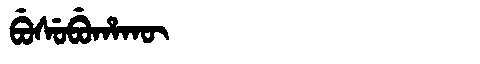
Manchu: ᠪᡠᠰᡠᠪᡠᡥᠠᡴᡡ
Romanization: BUSUBUHAKŪ